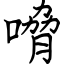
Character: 嗋